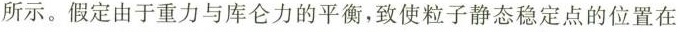
所示。假定由于重力与库仑力的平衡，致使粒子静态稳定点的位置在